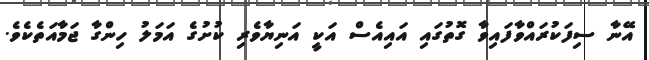
އޭނާ ސިފަކުރައްވާފައިވާ ގޮތުގައި އައިއެސް އަކީ އަނިޔާވެރި ކުށުގެ އަމަލު ހިންގާ ޖަމާއަތެކެވެ.